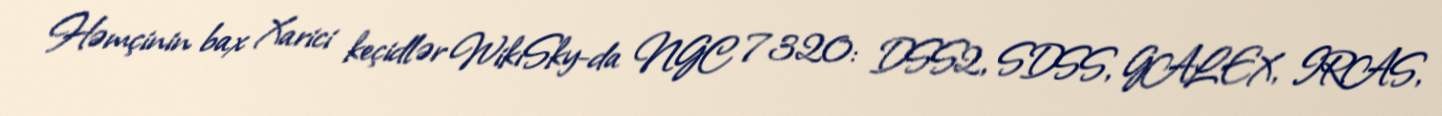
Həmçinin bax Xarici keçidlər WikiSky-da NGC 7320: DSS2, SDSS, GALEX, IRAS,